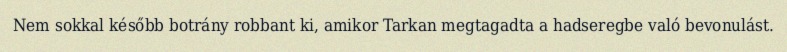
Nem sokkal később botrány robbant ki, amikor Tarkan megtagadta a hadseregbe való bevonulást.